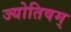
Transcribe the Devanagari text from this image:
ज्योतिषम्